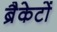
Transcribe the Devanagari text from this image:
ब्रैकेटों